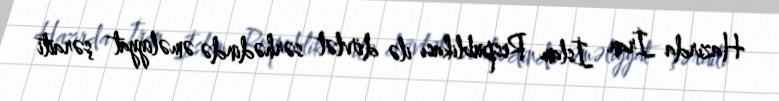
Hazırda İran İslam Respublikası ilə dövlət sərhədində əməliyyat şəraiti